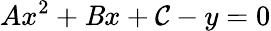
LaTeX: Ax^{2}+\mathit{B}x+\mathcal{C}-y=0